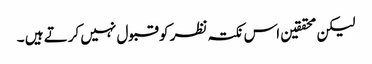
لیکن محققین اس نکتہ نظر کو قبول نہیں کرتے ہیں ۔